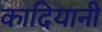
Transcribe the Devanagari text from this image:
कादियानी